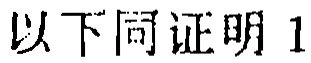
以下同证明1